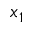
x _ { 1 }